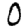
Digit: 0